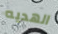
الهديه